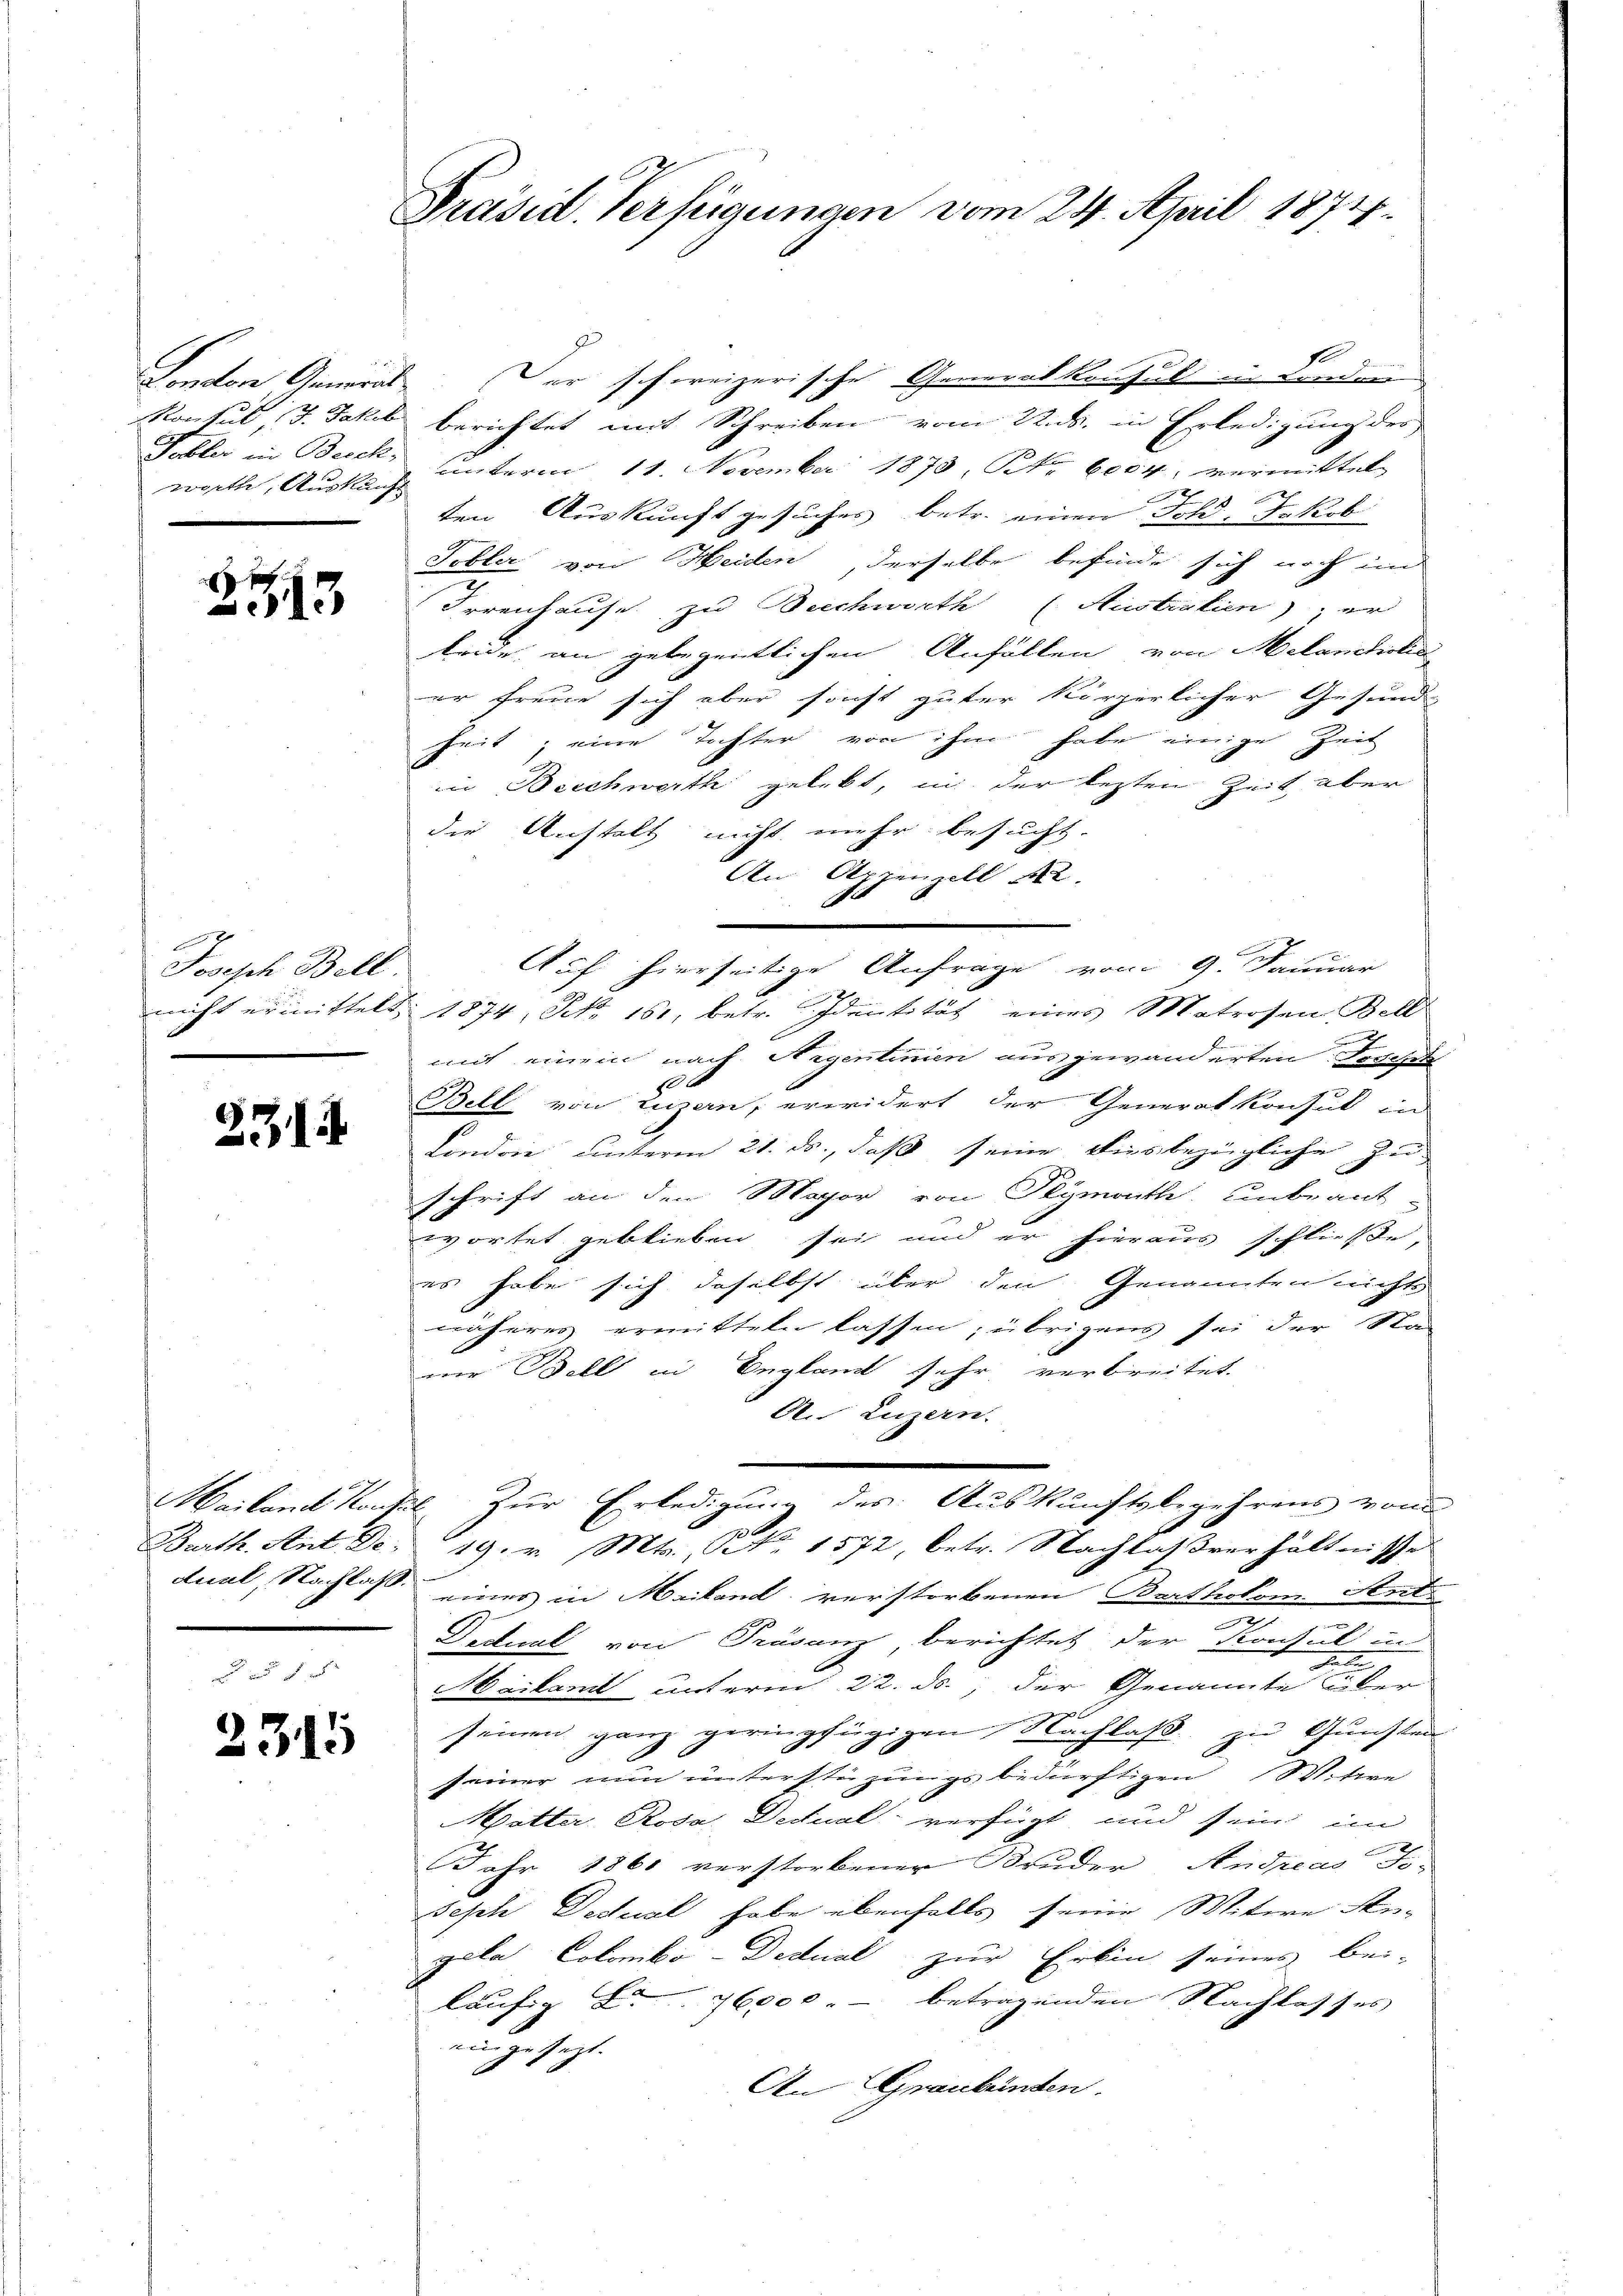
worth, Auskunft

2513

B
Joseph Bell.

2314

London General. Der schweizerische Generalkonsul in Landen
Konsul, J. Jakel berichtet mit Schreiben vom 22. ds. in Erledigung des
Febler in Besch unterm 11. November 1873, Fr. 6004, vermittel-
7
ten Auskunft gesuches betr. einen Fold- Jakob
Tobler von Heiden, derselbe befinde sich noch in
Irrenhause zu Beschwerth (Austratien), er
beide an gelegentlichen Anfällen von Melancholic
er freue sich aber sonst güter körperlicher Gesund-
heit, eine Tochter von ihm habe einige Zeit
in Beschwerth gelebt, in der lezten Zeit, aber
die Anstalt nicht mehr besucht.
An Appenzell Sr.
Auf hierseitige Anfrage vom 9. Januar
nicht ermittelt 1874, No. 161, betr. Identität eines Matrosen Bell
mit einem nach Aigentinien ausgewanderten Fischeh
Bell von Luzern, erwidert der Generalkonsul in
Londrie unterm 21. ds., daß seine diesbezügliche Zu-
schrift an den Magor von Plymouth unbeant-
wortet geblieben sei und er hieraus schließe
es habe sich daselbst über den Genannten nichts
näheres ermitteln lassen; übrigens sei der Sta
ner Bell in England sehr, verbreitet.
A. Luzern.
Mailand Konsul zur Erledigung des Auskunftsbegehrens von
Barth. Ant. Dec. 19. v. Mts., Nr. 1572, betr. Nachlaßverhältnisse
dual, Nachlass eines in Mailand verstorbenen Bartholom Antr
u
Dectual von Präsenz, berichtet der Konsul in
e
Arikanit unterm 22. ds., der Genannte über
senen ganz geringfügigen Nachlaß zu Gunsten
seiner nun unterstüzungs bedürftigen Witive
Mpötter, Rosa Dedual- verfügt und sein im
Jahr 1861 verstorbener Bruder Andreas To-
Seph Dechal habe ebenfalls seine Witwe An-
gala Colombo-Dedual zur Erbin seines bei-
läufig L. 76000.- betragenden Nachlasses
eingesezt.
An Graubünden.

2315

Präsid. Verfügungen vom 24. April 1874.